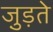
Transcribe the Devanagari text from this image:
जु़ड़ते